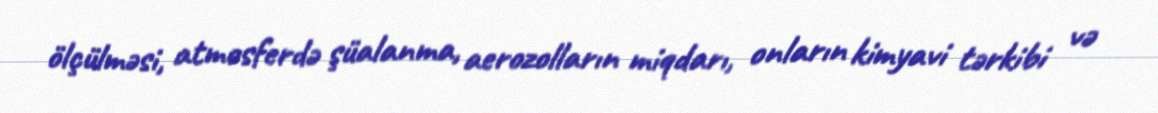
ölçülməsi, atmosferdə şüalanma, aerozolların miqdarı, onların kimyavi tərkibi və